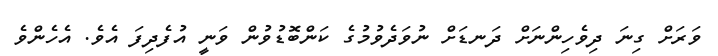
ވަރަށް ގިނަ ދިވެހިންނަށް ދަނޑަށް ނުވަދެވުމުގެ ކަންބޮޑުވުން ވަނީ އުފެދިފަ އެވެ. އެހެންވެ